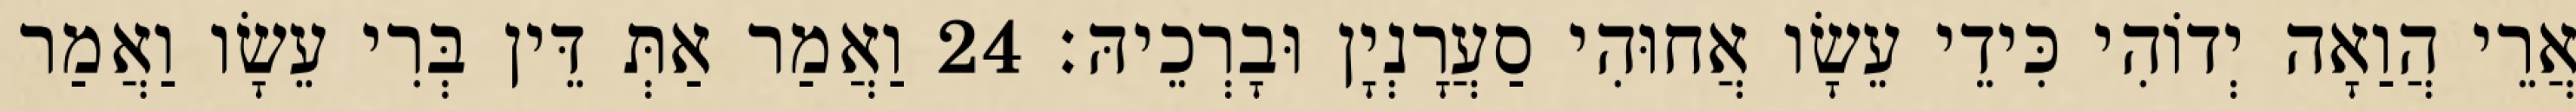
אֲרֵי הֲוַאָה יְדוֹהִי כִּידֵי עֵשָׂו אֲחוּהִי סַעֲרָנְיָן וּבָרְכֵיהּ׃ 24 וַאֲמַר אַתְּ דֵּין בְּרִי עֵשָׂו וַאֲמַר